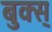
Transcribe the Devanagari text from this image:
बुक्स्